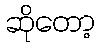
ဆိုတော့